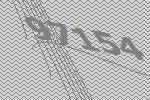
97154